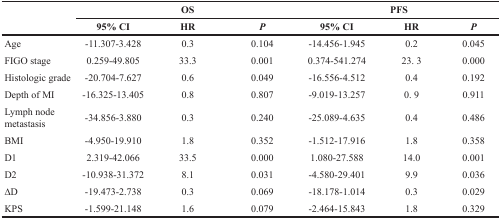
<table><thead><tr><td rowspan="2"></td><td colspan="3"><b>OS</b></td><td colspan="3"><b>PFS</b></td></tr><tr><td><b>95% CI</b></td><td><b>HR</b></td><td><b><i>P</i></b></td><td><b>95% CI</b></td><td><b>HR</b></td><td><b><i>P</i></b></td></tr></thead><tbody><tr><td>Age</td><td>-11.307-3.428</td><td>0.3</td><td>0.104</td><td>-14.456-1.945</td><td>0.2</td><td>0.045</td></tr><tr><td>FIGO stage</td><td>0.259-49.805</td><td>33.3</td><td>0.001</td><td>0.374-541.274</td><td>23. 3</td><td>0.000</td></tr><tr><td>Histologic grade</td><td>-20.704-7.627</td><td>0.6</td><td>0.049</td><td>-16.556-4.512</td><td>0.4</td><td>0.192</td></tr><tr><td>Depth of MI</td><td>-16.325-13.405</td><td>0.8</td><td>0.807</td><td>-9.019-13.257</td><td>0. 9</td><td>0.911</td></tr><tr><td>Lymph node metastasis</td><td>-34.856-3.880</td><td>0.3</td><td>0.240</td><td>-25.089-4.635</td><td>0.4</td><td>0.486</td></tr><tr><td>BMI</td><td>-4.950-19.910</td><td>1.8</td><td>0.352</td><td>-1.512-17.916</td><td>1.8</td><td>0.358</td></tr><tr><td>D1</td><td>2.319-42.066</td><td>33.5</td><td>0.000</td><td>1.080-27.588</td><td>14.0</td><td>0.001</td></tr><tr><td>D2</td><td>-10.938-31.372</td><td>8.1</td><td>0.031</td><td>-4.580-29.401</td><td>9.9</td><td>0.036</td></tr><tr><td>ΔD</td><td>-19.473-2.738</td><td>0.3</td><td>0.069</td><td>-18.178-1.014</td><td>0.3</td><td>0.029</td></tr><tr><td>KPS</td><td>-1.599-21.148</td><td>1.6</td><td>0.079</td><td>-2.464-15.843</td><td>1.8</td><td>0.329</td></tr></tbody></table>